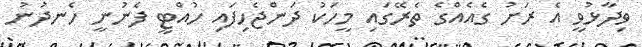
ވިދާޅުވީ އެ ރަށު ގެއެއްގެ ތެރޭގައި މީހަކު ދަންޖެހިފައި ހުއްޓީ ފެނުނީ ހެނދުނު